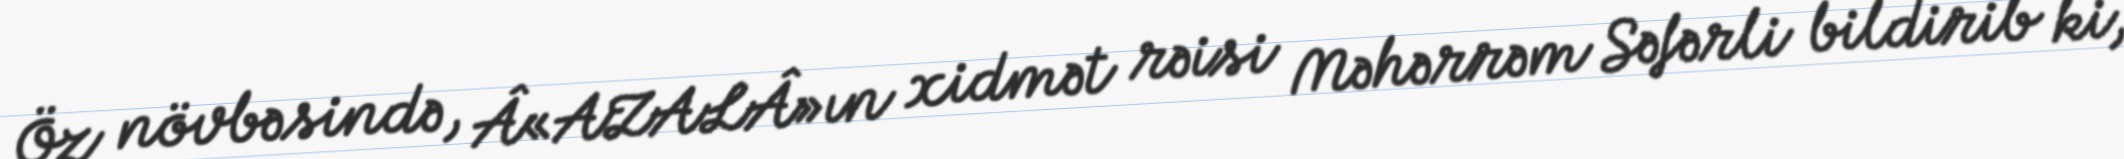
Öz növbəsində, Â«AZALÂ»ın xidmət rəisi Məhərrəm Səfərli bildirib ki,